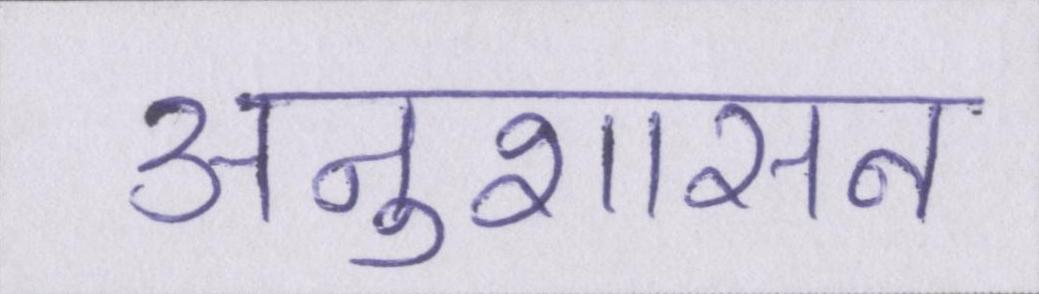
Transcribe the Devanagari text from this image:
अनुशासन